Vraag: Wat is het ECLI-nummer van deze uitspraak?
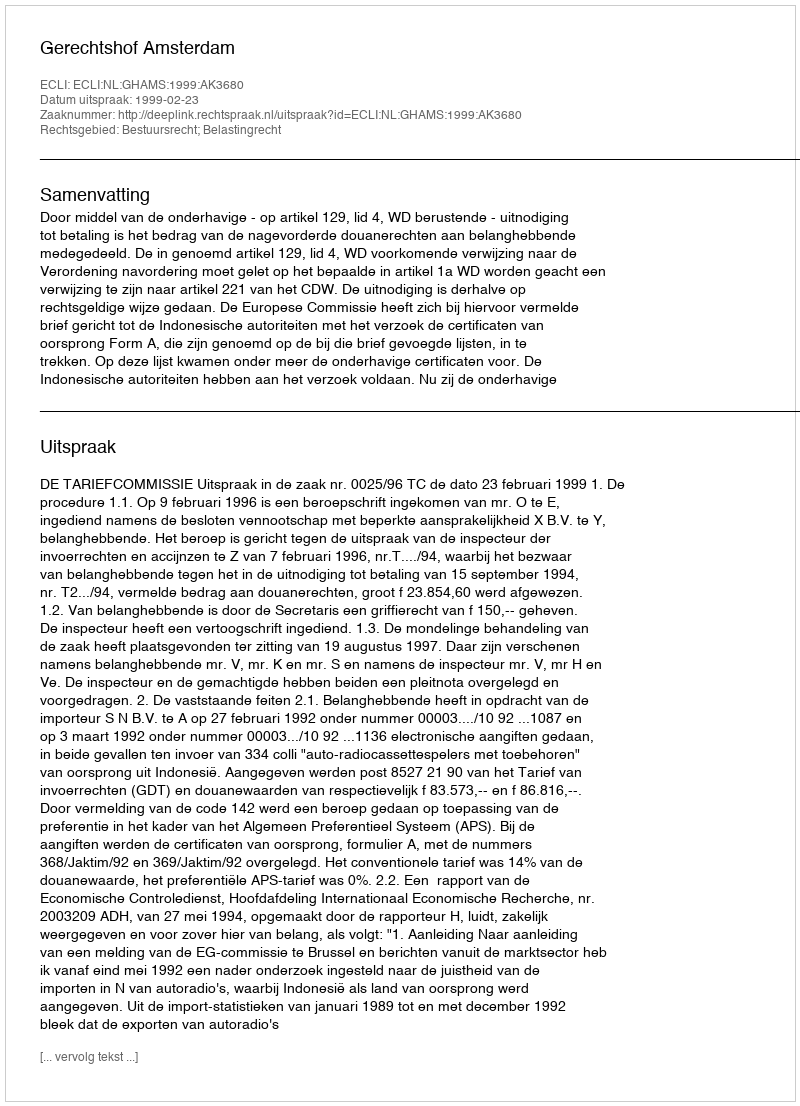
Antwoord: ECLI:NL:GHAMS:1999:AK3680